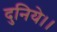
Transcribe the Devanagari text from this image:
दुनिये।।